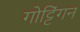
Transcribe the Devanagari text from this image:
गोट्टिंगन